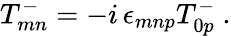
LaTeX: T_{mn}^{-}=-i\, \epsilon_{mnp}T_{0p}^{-}\ .